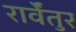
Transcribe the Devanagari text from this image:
रार्वेंतुर